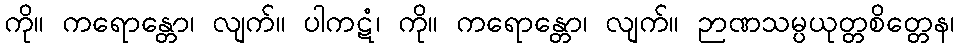
ကို။ ကရောန္တော၊ လျက်။ ပါကဋံ၊ ကို။ ကရောန္တော၊ လျက်။ ဉာဏသမ္ပယုတ္တစိတ္တေန၊